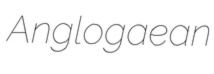
Anglogaean